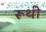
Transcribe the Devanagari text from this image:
रूथी